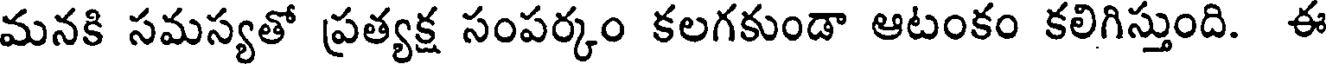
మనకి సమస్యతో ప్రత్యక్ష సంపర్కం కలగకుండా ఆటంకం కలిగిస్తుంది. ఈ